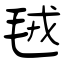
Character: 毧